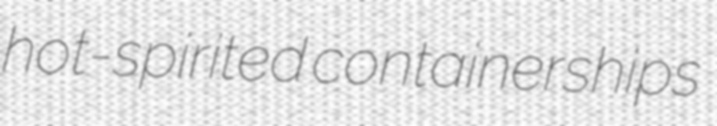
hot-spirited containerships